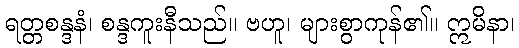
ရတ္တစန္ဒနံ၊ စန္ဒကူးနီသည်။ ဗဟူ၊ များစွာကုန်၏။ ဣမိနာ၊